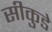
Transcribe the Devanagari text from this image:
सीकुडे